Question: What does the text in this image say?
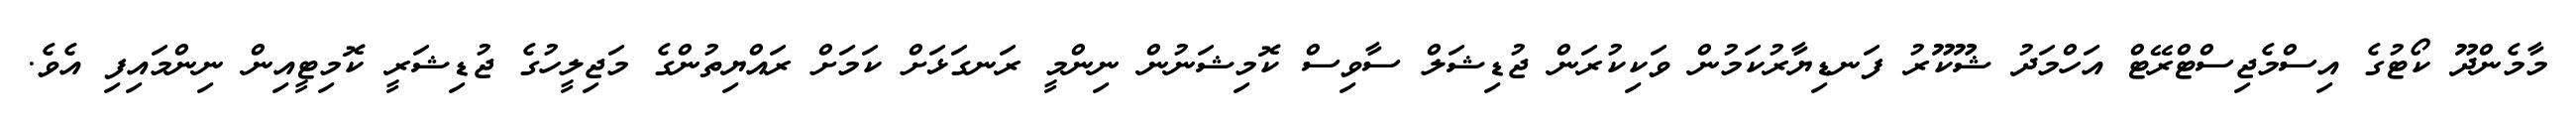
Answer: މާމެންދޫ ކޯޓުގެ އިސްމެޖިސްޓްރޭޓް އަހްމަދު ޝޫކޫރު ފަނޑިޔާރުކަމުން ވަކިކުރަން ޖުޑިޝަލް ސާވިސް ކޮމިޝަނުން ނިންމީ ރަނގަޅަށް ކަމަށް ރައްޔިތުންގެ މަޖިލީހުގެ ޖުޑިޝަރީ ކޮމިޓީއިން ނިންމައިފި އެވެ.